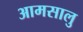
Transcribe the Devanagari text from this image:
आमसालु